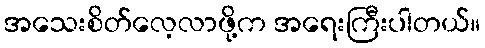
အသေးစိတ်လေ့လာဖို့က အရေးကြီးပါတယ်။